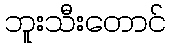
ဘူးသီးတောင်